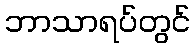
ဘာသာရပ်တွင်